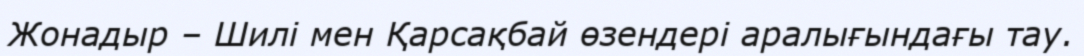
Жонадыр – Шилі мен Қарсақбай өзендері аралығындағы тау.